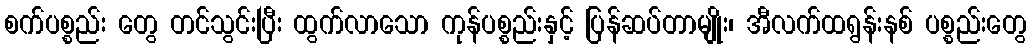
စက်ပစ္စည်း တွေ တင်သွင်းပြီး ထွက်လာသော ကုန်ပစ္စည်းနှင့် ပြန်ဆပ်တာမျိုး၊ အီလက်ထရွန်းနစ် ပစ္စည်းတွေ